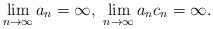
LaTeX: \begin{align*}\lim\limits_{n \to \infty}a_n = \infty,\ \lim\limits_{n \to \infty}a_nc_n = \infty.\end{align*}